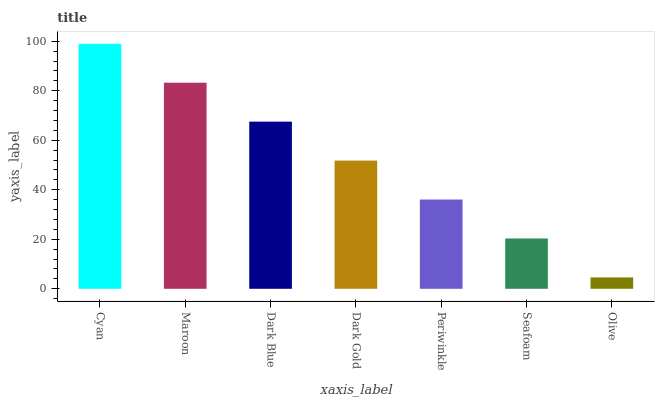
| xaxis_label | bars |
 | --- | --- |
 | Cyan | 99 |
 | Maroon | 83.3 |
 | Dark Blue | 67.5 |
 | Dark Gold | 51.8 |
 | Periwinkle | 36.1 |
 | Seafoam | 20.3 |
 | Olive | 4.6 |